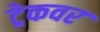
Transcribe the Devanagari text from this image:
ट्रेकवर